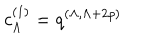
LaTeX: c _ { \Lambda } ^ { ( 1 ) } = q ^ { ( \Lambda , \Lambda + 2 \rho ) }